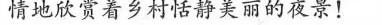
情地欣赏着乡村恬静美丽的夜景！